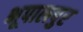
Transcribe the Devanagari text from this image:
भूपालपुर